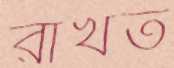
রাখত